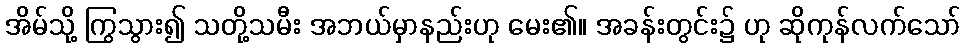
အိမ်သို့ ကြွသွား၍ သတို့သမီး အဘယ်မှာနည်းဟု မေး၏။ အခန်းတွင်း၌ ဟု ဆိုကုန်လက်သော်